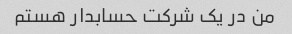
من در یک شرکت حسابدار هستم